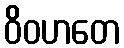
ဝိဝဟတေ